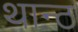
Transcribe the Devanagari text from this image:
थान्ट